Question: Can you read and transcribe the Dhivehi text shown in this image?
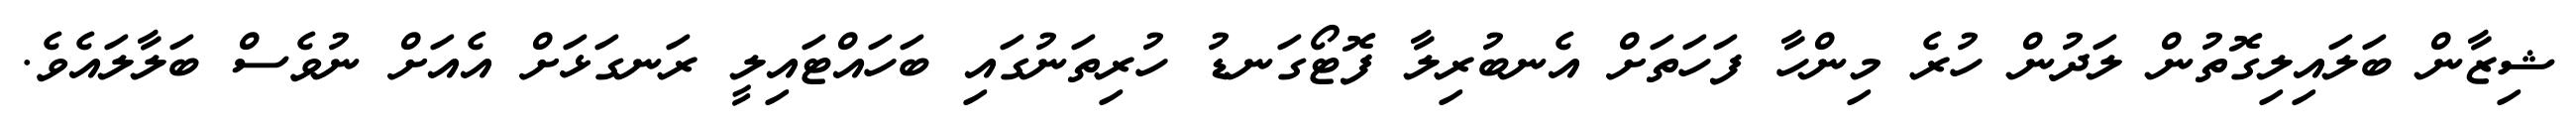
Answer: ޝިޒާން ބަލައިލިގޮތުން ލަދުން ހުރެ މިންހާ ފަހަތަށް އެނބުރިލާ ފޮޓޯގަނޑު ހުރިތަނުގައި ބަހައްޓައިލީ ރަނގަޅަށް އެއަށް ނުވެސް ބަލާލައެވެ.